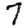
Digit: 7